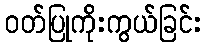
ဝတ်ပြုကိုးကွယ်ခြင်း